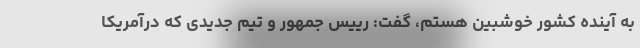
به آینده کشور خوشبین هستم، گفت: رییس جمهور و تیم جدیدی که درآمریکا